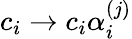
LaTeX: c_{i}\rightarrow c_{i}\alpha_{i}^{(j)}